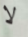
لا